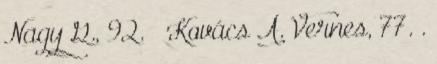
Nagy G., 92. – Kovács Á. Vernes, 77. .